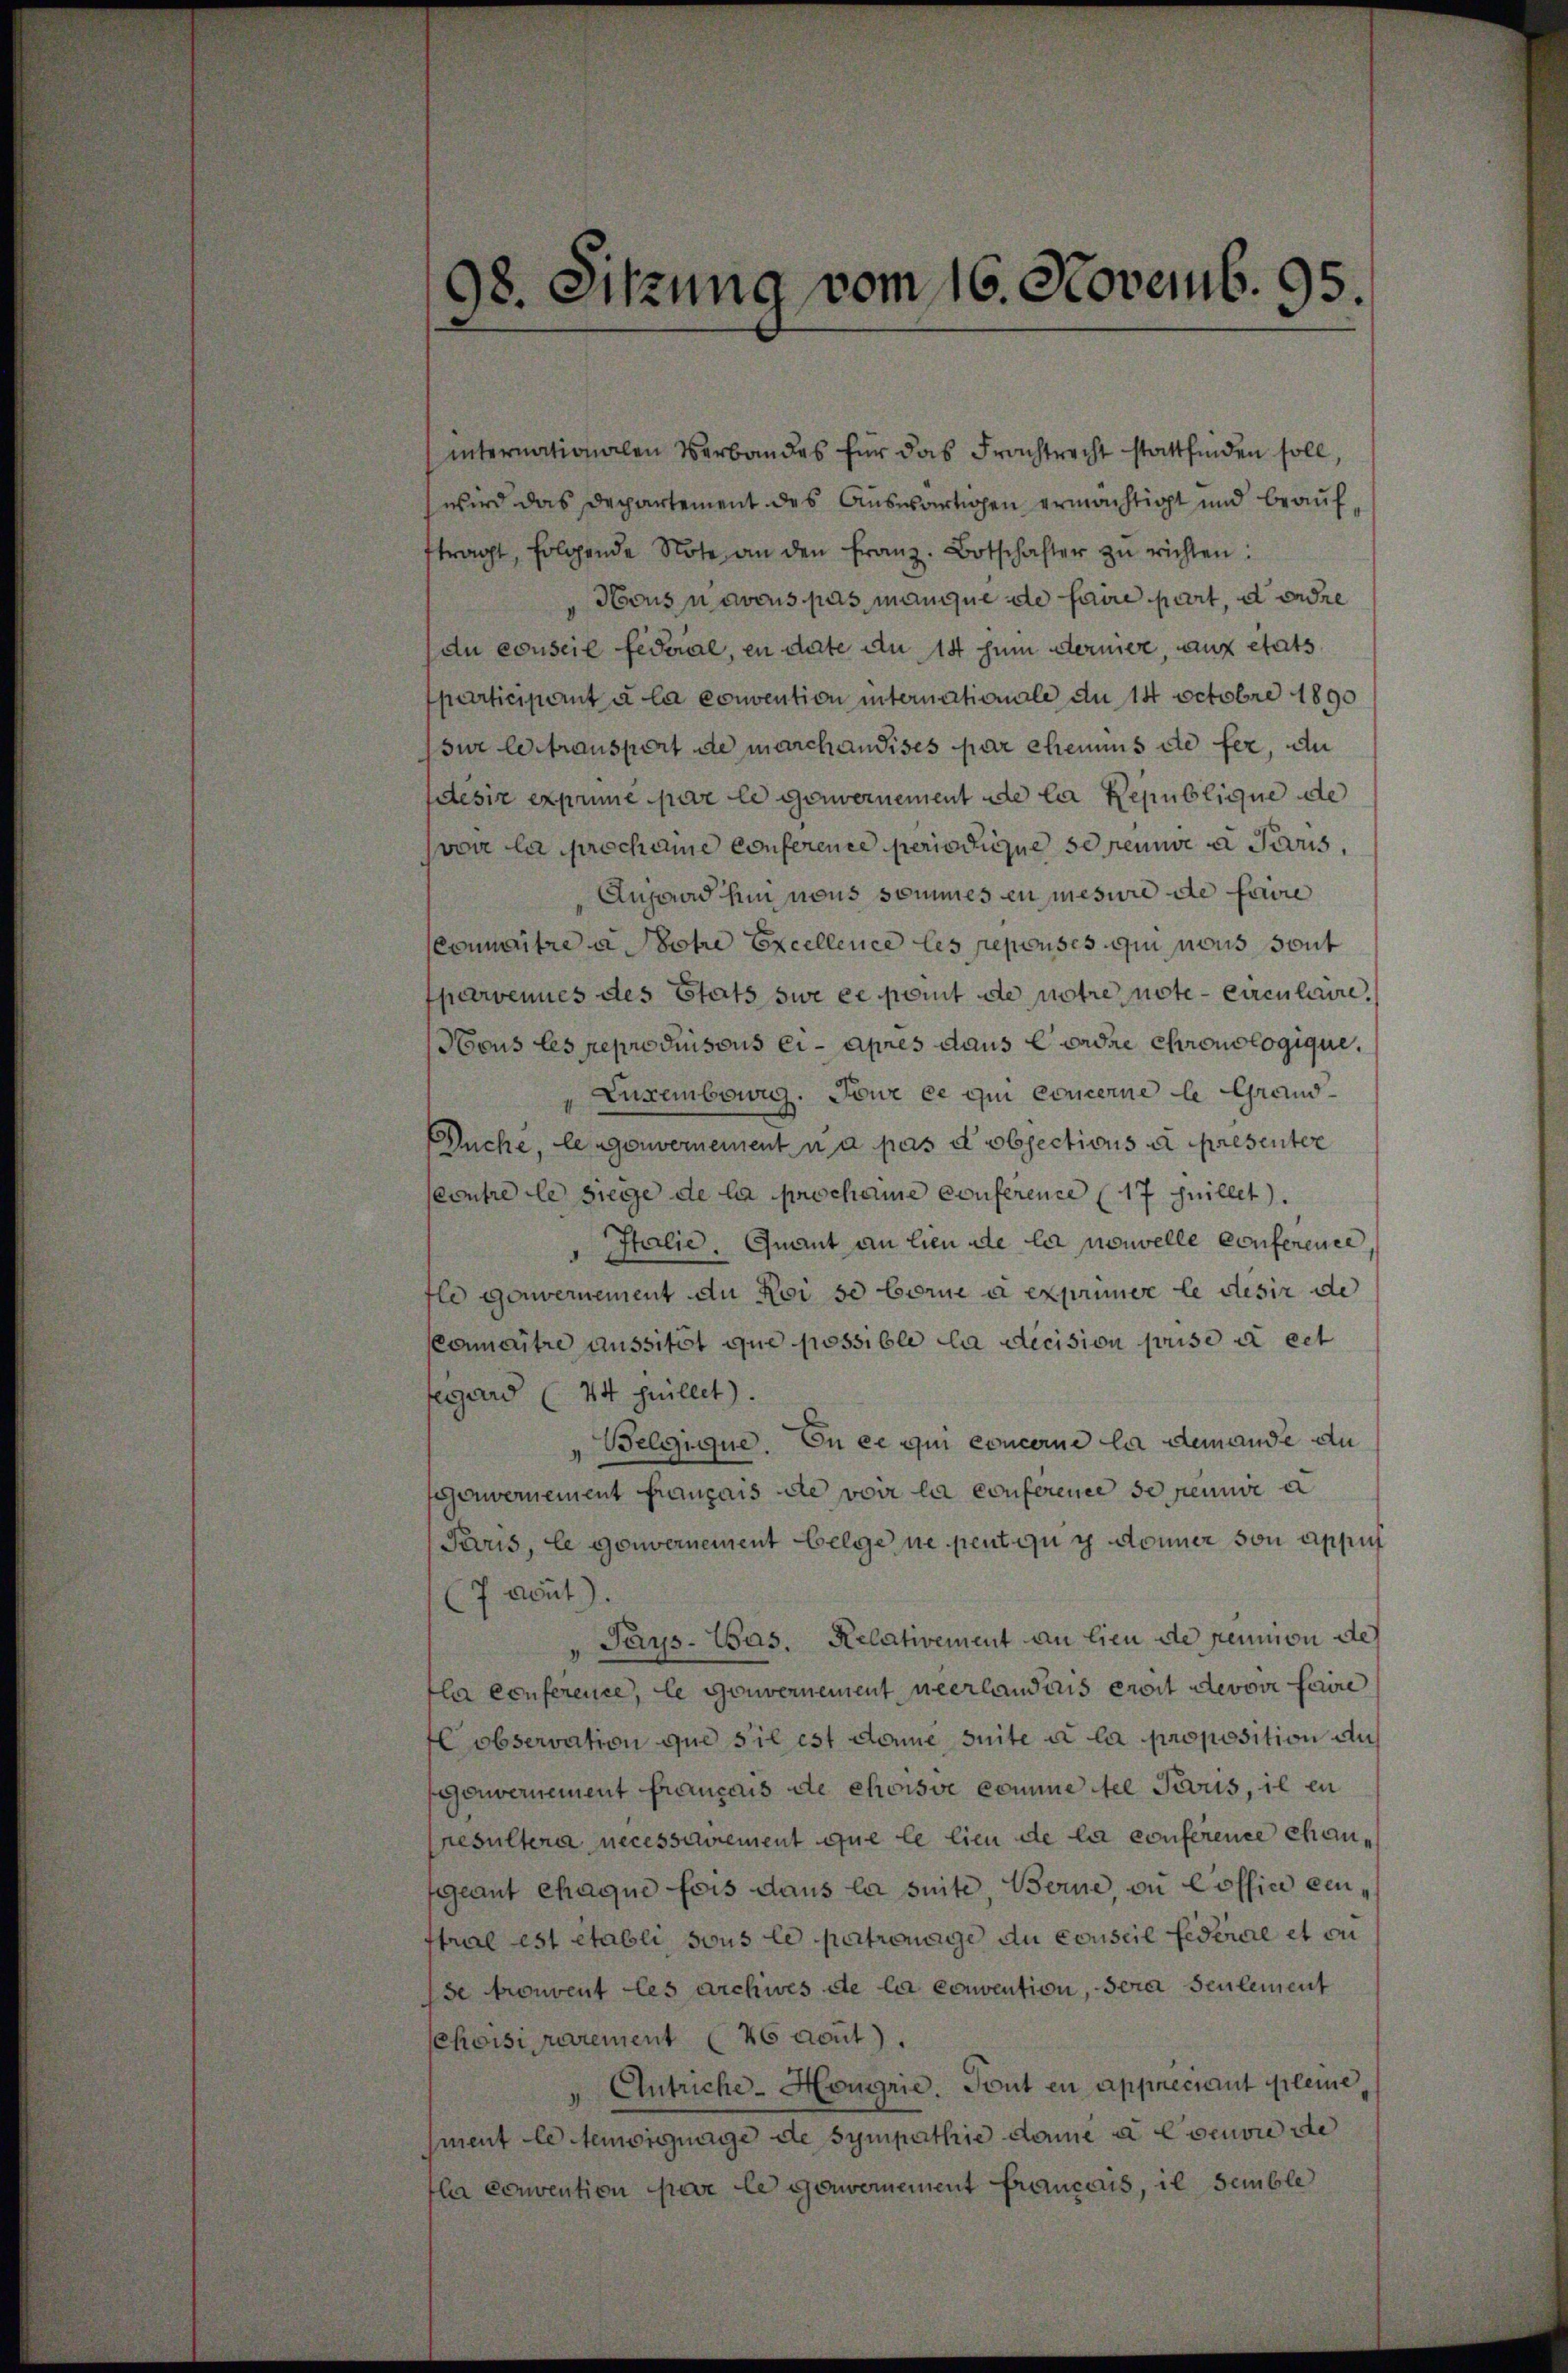
internationalen Verbandes für das Frachtrecht stattfinden soll,
wird das Departement des Auswärtigen ermächtigt und beaufftragt, folgende Note an den Franz. Botschafter zŭ richten:
Hocus navous pas manque de faire part, dere
du conseil federal, en date au 14 zum dernier, auf etats
sparticipant à la convention internationale du 14 Octobre 1890
sur le transport de marchandises par chemins die fer, di
desire exprime par le gouvernement de la Republique de
von la prochene Conference periodique se renne a Parus,
Anfand hin nous sommes en mesure de faire
Connaitre u. Potre Excellence les reprises qui nous sont
pervenues des Stats sie ee point de notre note - Circulaire,
Hous les reproduisous ci-après daus Cordre chronologique.
Luxenbowig. Pour ce qui concerne le Grand
Suche, legenvernement u a pas d objections à presenter
seoutre le siege de la procheine Conference (17 Guillet.
Italie, Quant an lieu de la nouvelle Conference
flo gouvernement du Noi se Corne a exprimer le desir de
eaitre aussitôt que possible da decision prise u ert
segard (44 huillet.
Belgique. En ce qui concerne la demande au
segenwernement Français die voir la conference de pennie a
Paris, le gouvernement belge ne peut qui donner von Appuf
(7 avut).
Pays-Bas. Relativement an lieu de peunion de
la conference, le Gouvernement neerlanders eroit devoir faire
Cobservation que sie est domine suite u la proposition auf
genvernement français de choisie komme tel Paris, il en
resultera necessairement que le lieu de la conference chanfgeant chaque fois dans la suite Berne in Cossin eintral est établi sous le patronage du conseil Federial et cu
se trouvent les archives de la convention, sera seulement
ehoisi parement 26 acut).
Antriche-Hougrie. Tout en appreciant pleme,
sment le temsignage de sympathie dame u. Evenone die
la convention par le gouvernement français il semble

98. Sitzung vom 16. Novemb. 95.